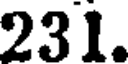
231.